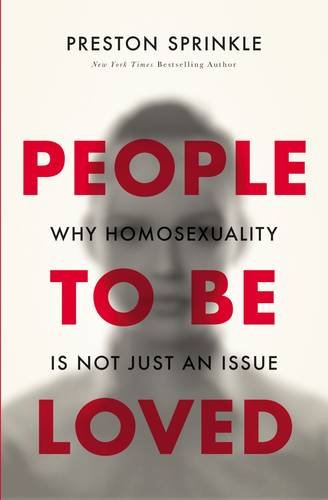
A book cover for People to Be Loved: Why Homosexuality Is Not Just an Issue; Preston Sprinkle; Religion & Spirituality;